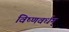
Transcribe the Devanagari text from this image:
विष्णवर्धन्